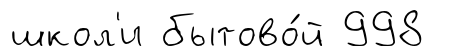
школ'и бытово́й 998